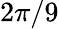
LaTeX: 2\pi/9